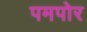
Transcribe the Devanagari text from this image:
पमपोर